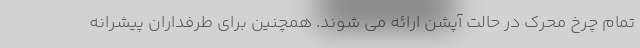
تمام چرخ محرک در حالت آپشن ارائه می شوند. همچنین برای طرفداران پیشرانه